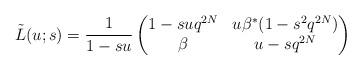
LaTeX: \begin{align*}\tilde{L}(u; s)=\frac{1}{1-su}\begin{pmatrix} 1-suq^{2N} & u\beta^{*}(1-s^2 q^{2N}) \\ \beta & u-sq^{2N} \end{pmatrix} \end{align*}